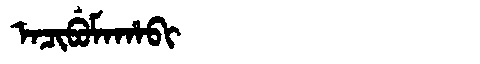
Manchu: ᠠᠴᡳᠪᡠᠮᠠᡥᠠᠪᡳ
Romanization: ACIBUMAHABI